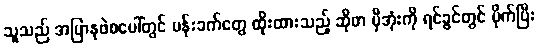
သူသည် အပြာနုဖဲစပေါ်တွင် ပန်းခက်တွေ ထိုးထားသည့် ဆိုဖာ မှီအုံးကို ရင်ခွင်တွင် ပိုက်ပြီး